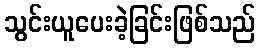
သွင်းယူပေးခဲ့ခြင်းဖြစ်သည်